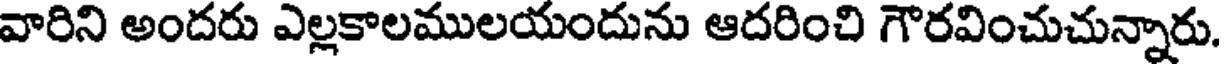
వారిని అందరు ఎల్లకాలములయందును ఆదరించి గౌరవించుచున్నారు